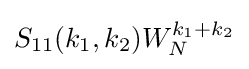
S_{11}(k_{1},k_{2})W_{N}^{k_{1}+k_{2}}